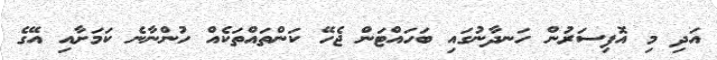
އަދި މި އޮފިސަރުން ހަނދާނުގައި ބަހައްޓަން ޖެހޭ ކަންތައްތަކެއް ހުންނާނެ ކަމަށާއި އޭގެ